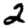
Digit: 2